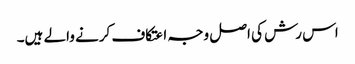
اس رش کی اصل وجہ اعتکاف کرنے والے ہیں۔